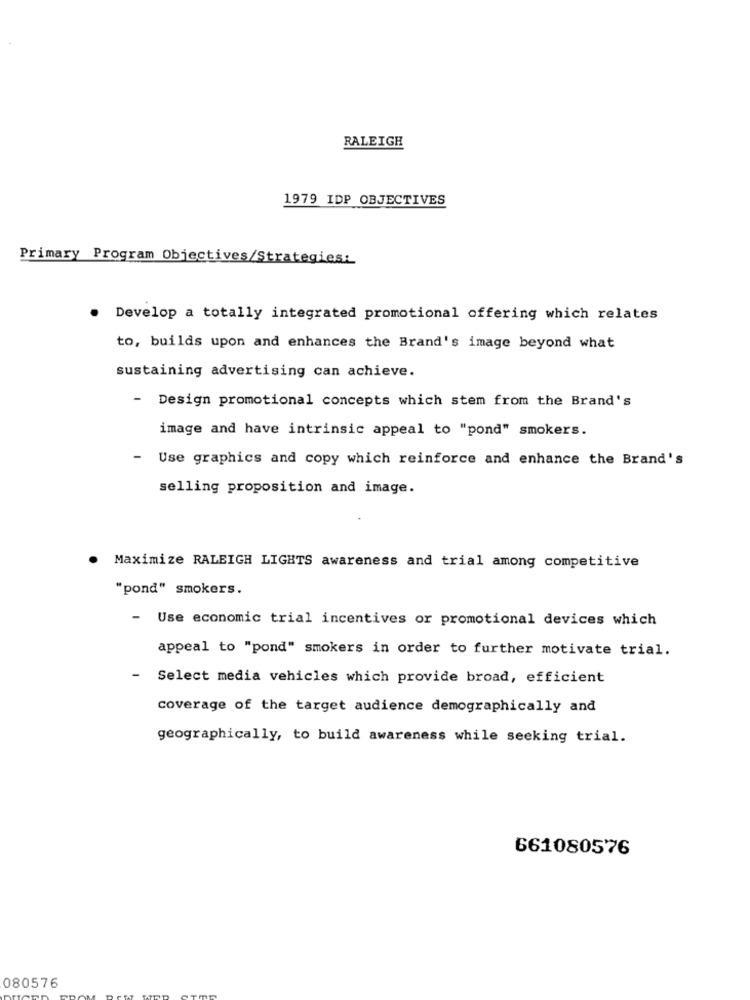
RALEIGH
1979 IDP OBJECTIVES
Primary Program Objectives/Strategies:
Develop a totally integrated promotional offering which relates
to, builds upon and enhances the Brand's image beyond what
sustaining advertising can achieve.
-
Design promotional concepts which stem from the Brand's
image and have intrinsic appeal to "pond" smokers.
-
Use graphics and copy which reinforce and enhance the Brand's
selling proposition and image.
. Maximize RALEIGH LIGHTS awareness and trial among competitive
"pond" smokers.
- Use economic trial incentives or promotional devices which
appeal to "pond" smokers in order to further motivate trial.
- Select media vehicles which provide broad, efficient
coverage of the target audience demographically and
geographically, to build awareness while seeking trial.
661080576
080576